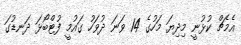
އެމެޗް ކުޅުނީ މިދިޔަ މަހުގެ 14 ވަނަ ދުވަހު ގައުމީ ފުޓްބޯޅަ ދަނޑުގަ